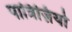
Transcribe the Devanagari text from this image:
पात्रिज़ियो